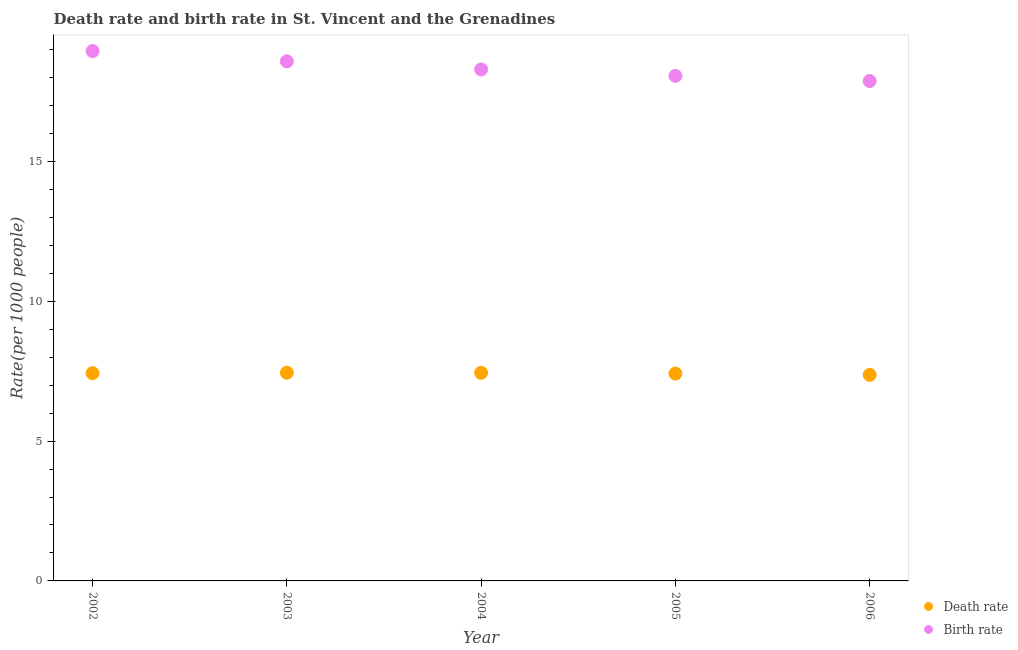
| Year | Death rate | Birth rate |
 | --- | --- | --- |
 | 2002 | 7.43 | 18.9 |
 | 2003 | 7.45 | 18.6 |
 | 2004 | 7.44 | 18.3 |
 | 2005 | 7.42 | 18.1 |
 | 2006 | 7.37 | 17.9 |